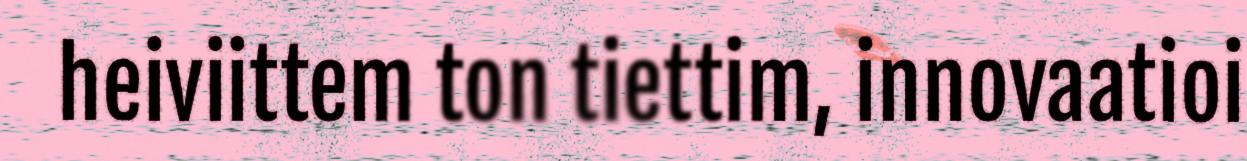
heiviittem ton tiettim, innovaatioi